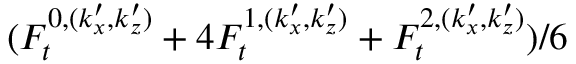
( F _ { t } ^ { 0 , ( k _ { x } ^ { \prime } , k _ { z } ^ { \prime } ) } + 4 F _ { t } ^ { 1 , ( k _ { x } ^ { \prime } , k _ { z } ^ { \prime } ) } + F _ { t } ^ { 2 , ( k _ { x } ^ { \prime } , k _ { z } ^ { \prime } ) } ) / 6